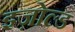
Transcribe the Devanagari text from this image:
इज़ोल्ड